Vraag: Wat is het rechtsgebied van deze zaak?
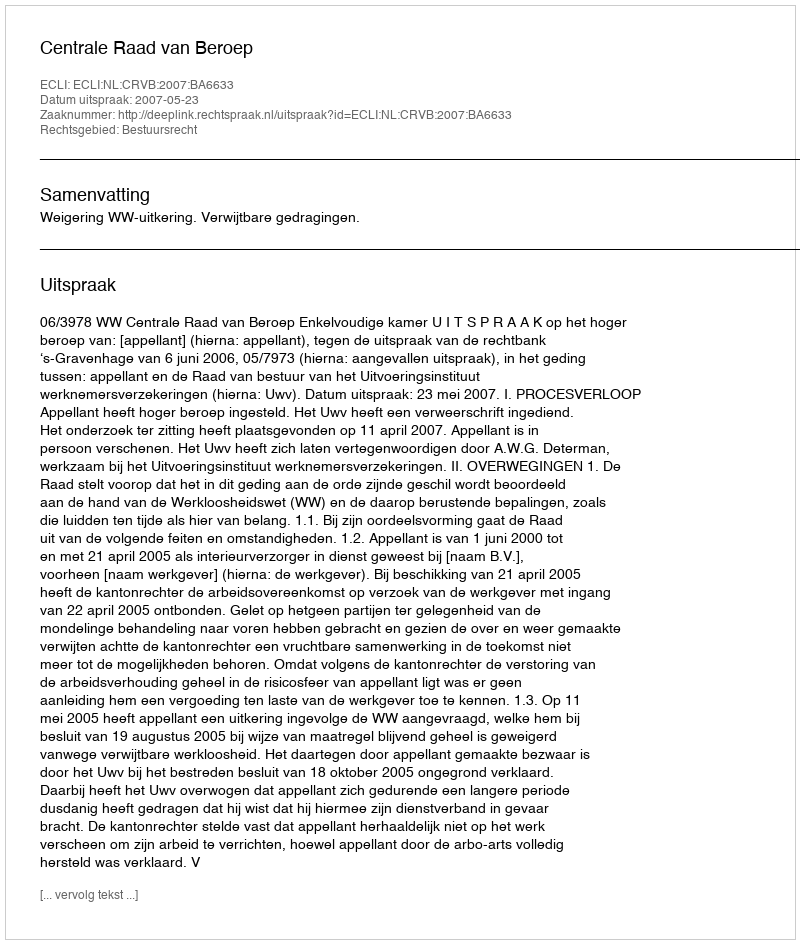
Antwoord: Bestuursrecht